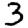
Digit: 3